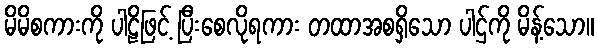
မိမိစကားကို ပါဠိဖြင့် ပြီးစေလိုရကား တထာအစရှိသော ပါဌ်ကို မိန့်သော။